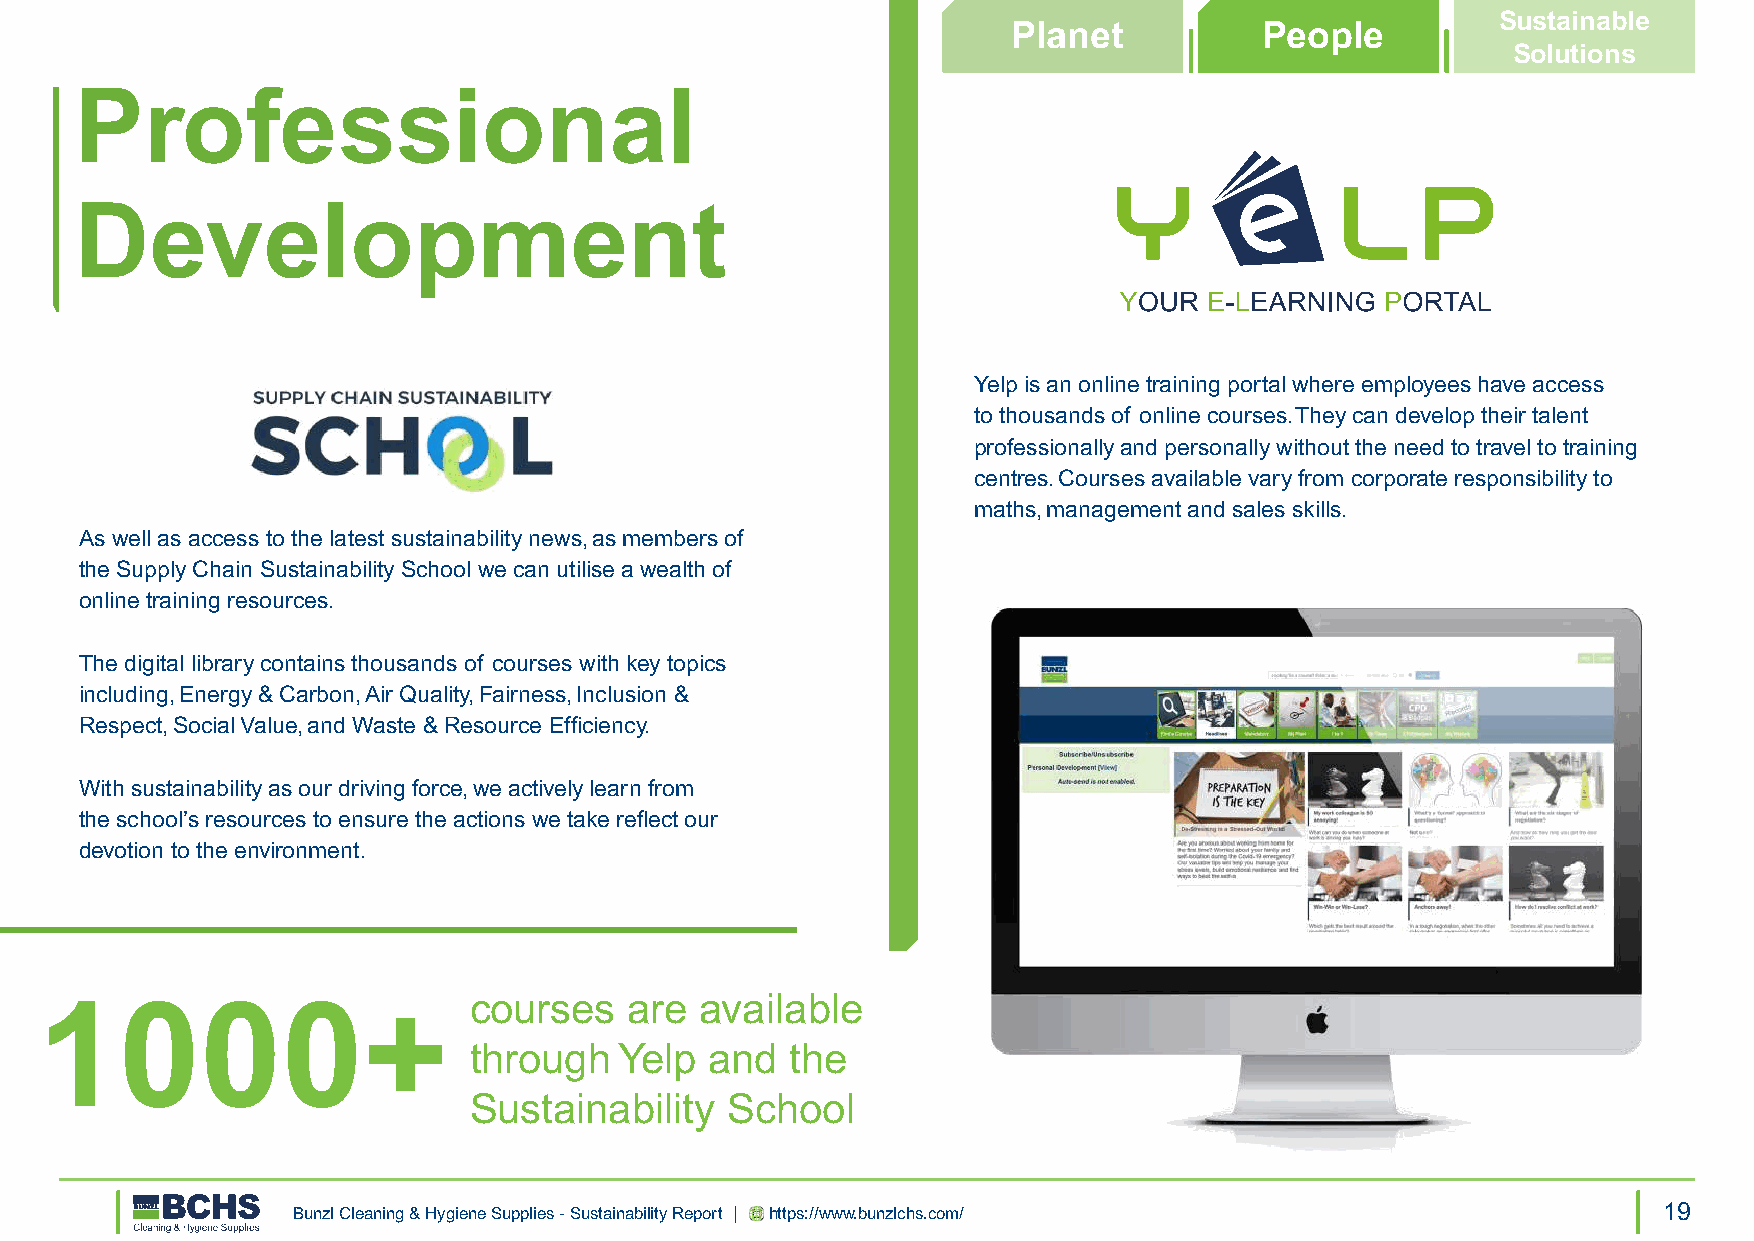
Sustainable
 Planet           People
 Solutions
 Professional
 Development
 Yelp is an online training portal where employees have access
 to thousands of online courses. They can develop their talent
 professionally and personally without the need to travel to training
 centres. Courses available vary from corporate responsibility to
 maths, management and sales skills.
 As well as access to the latest sustainability news, as members of
 the Supply Chain Sustainability School we can utilise a wealth of
 online training resources.
 The digital library contains thousands of courses with key topics
 including, Energy & Carbon, Air Quality, Fairness, Inclusion &
 Respect, Social Value, and Waste & Resource Efficiency.
 With sustainability as our driving force, we actively learn from
 the school’s resources to ensure the actions we take reflect our
 devotion to the environment.
 1000+                        courses    are available
 through   Yelp  and  the
 Sustainability   School
 Bunzl Cleaning & Hygiene Supplies - Sustainability Report | https://www.bunzlchs.com/      19